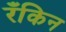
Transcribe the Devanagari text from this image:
रँकिन